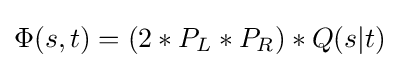
\Phi (s,t)=(2*P_{L}*P_{R})*Q(s|t)